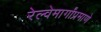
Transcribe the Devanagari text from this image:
रेल्वेमार्गांप्रमाणे